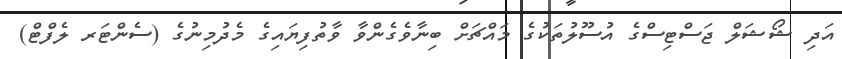
އަދި ޝޯޝަލް ޖަސްޓިސްގެ އުސޫލުތަކުގެ މައްޗަށް ބިނާވެގެންވާ ވާތުފިޔައިގެ މެދުމިނުގެ (ސެންޓަރ ލެފްޓް)